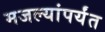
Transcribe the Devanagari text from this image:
मजल्यांपर्यंत